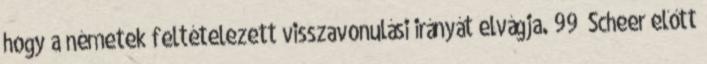
hogy a németek feltételezett visszavonulási irányát elvágja. 99 Scheer előtt